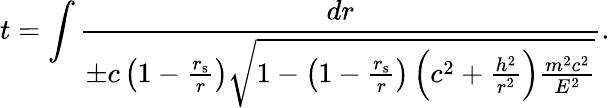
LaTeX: t=\int{\frac{dr}{\pm c\left(1-{\frac{r_{\mathrm{{s}}}}{r}}\right){\sqrt{1-\left(1-{\frac{r_{\mathrm{{s}}}}{r}}\right)\left(c^{2}+{\frac{h^{2}}{r^{2}}}\right){\frac{m^{2}c^{2}}{E^{2}}}}}}}.